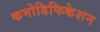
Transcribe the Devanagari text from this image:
कमोडिफिकेशन